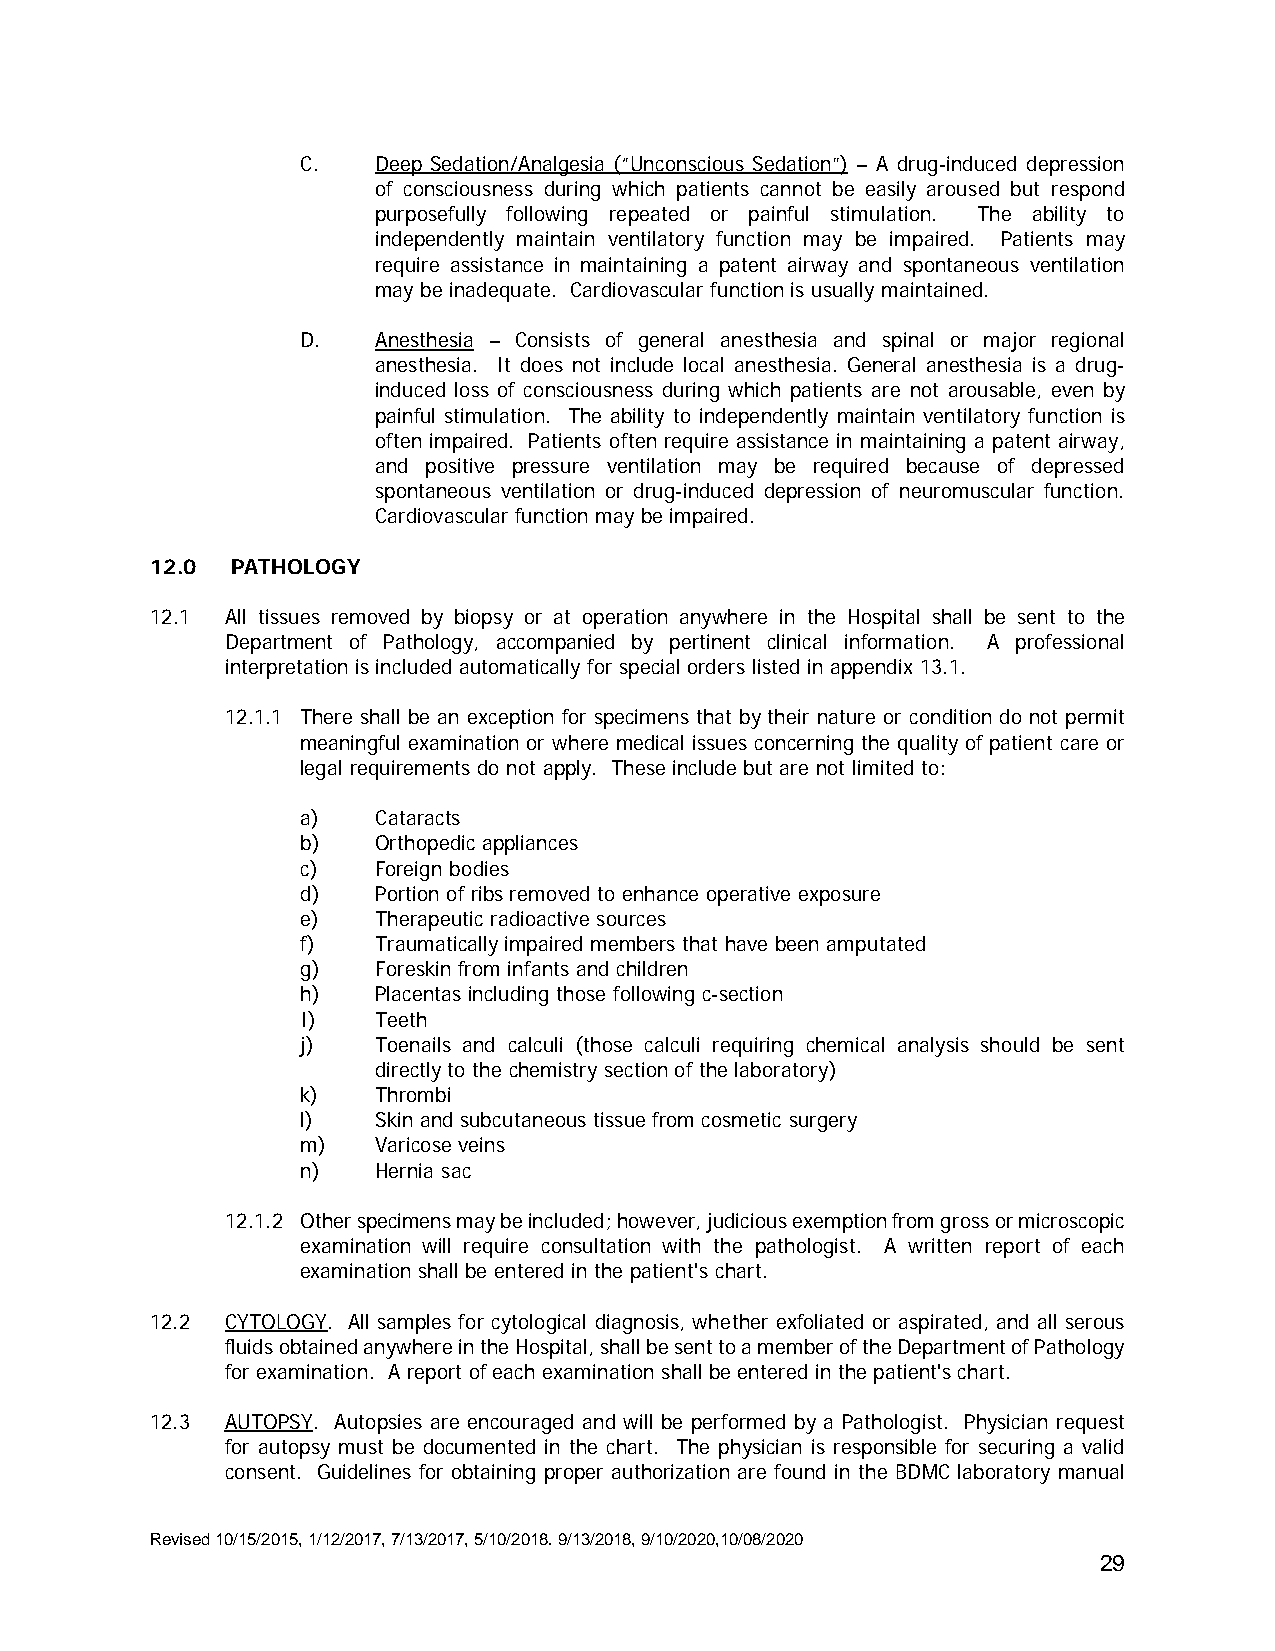
C.   Deep Sedation/Analgesia (“Unconscious Sedation”) – A drug-induced depression
 of consciousness during which patients cannot be easily aroused but respond
 purposefully following repeated or painful stimulation. The ability to
 independently maintain ventilatory function may be impaired. Patients may
 require assistance in maintaining a patent airway and spontaneous ventilation
 may be inadequate. Cardiovascular function is usually maintained.
 D.   Anesthesia – Consists of general anesthesia and spinal or major regional
 anesthesia. It does not include local anesthesia. General anesthesia is a drug-
 induced loss of consciousness during which patients are not arousable, even by
 painful stimulation. The ability to independently maintain ventilatory function is
 often impaired. Patients often require assistance in maintaining a patent airway,
 and positive pressure ventilation may be required because of depressed
 spontaneous ventilation or drug-induced depression of neuromuscular function.
 Cardiovascular function may be impaired.
 12.0 PATHOLOGY
 12.1 All tissues removed by biopsy or at operation anywhere in the Hospital shall be sent to the
 Department of Pathology, accompanied by pertinent clinical information. A professional
 interpretation is included automatically for special orders listed in appendix 13.1.
 12.1.1 There shall be an exception for specimens that by their nature or condition do not permit
 meaningful examination or where medical issues concerning the quality of patient care or
 legal requirements do not apply. These include but are not limited to:
 a)   Cataracts
 b)   Orthopedic appliances
 c)   Foreign bodies
 d)   Portion of ribs removed to enhance operative exposure
 e)   Therapeutic radioactive sources
 f)   Traumatically impaired members that have been amputated
 g)   Foreskin from infants and children
 h)   Placentas including those following c-section
 I)   Teeth
 j)   Toenails and calculi (those calculi requiring chemical analysis should be sent
 directly to the chemistry section of the laboratory)
 k)   Thrombi
 l)   Skin and subcutaneous tissue from cosmetic surgery
 m)   Varicose veins
 n)   Hernia sac
 12.1.2 Other specimens may be included; however, judicious exemption from gross or microscopic
 examination will require consultation with the pathologist. A written report of each
 examination shall be entered in the patient's chart.
 12.2 CYTOLOGY. All samples for cytological diagnosis, whether exfoliated or aspirated, and all serous
 fluids obtained anywhere in the Hospital, shall be sent to a member of the Department of Pathology
 for examination. A report of each examination shall be entered in the patient's chart.
 12.3 AUTOPSY. Autopsies are encouraged and will be performed by a Pathologist. Physician request
 for autopsy must be documented in the chart. The physician is responsible for securing a valid
 consent. Guidelines for obtaining proper authorization are found in the BDMC laboratory manual
 Revised 10/15/2015, 1/12/2017, 7/13/2017, 5/10/2018. 9/13/2018, 9/10/2020,10/08/2020
 29